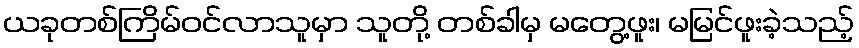
ယခုတစ်ကြိမ်ဝင်လာသူမှာ သူတို့ တစ်ခါမှ မတွေ့ဖူး၊ မမြင်ဖူးခဲ့သည့်